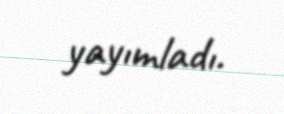
yayımladı.